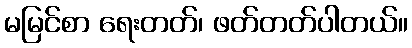
မမြင်စာ ရေးတတ်၊ ဖတ်တတ်ပါတယ်။